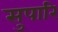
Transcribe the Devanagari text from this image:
सुपारि